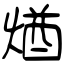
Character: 煪